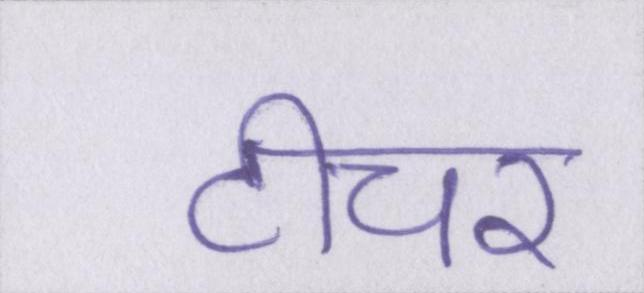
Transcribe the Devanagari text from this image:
टीचर